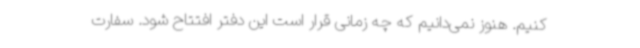
کنیم. هنوز نمی‌دانیم که چه زمانی قرار است این دفتر افتتاح شود. سفارت